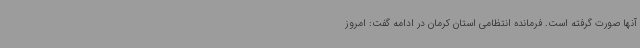
آنها صورت گرفته است. فرمانده انتظامی استان کرمان در ادامه گفت: امروز